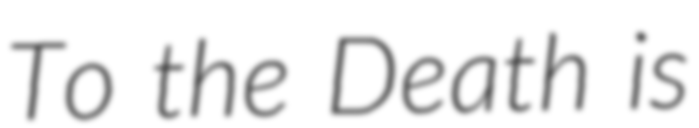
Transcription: To the Death is